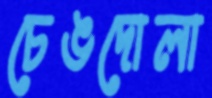
চেঙদোলা